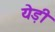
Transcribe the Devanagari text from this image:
येड़ी